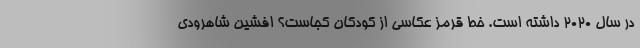
در سال ۲۰۲۰ داشته است. خط قرمز عکاسی از کودکان کجاست؟ افشین شاهرودی